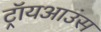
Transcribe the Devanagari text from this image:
ट्रॉयआउंस